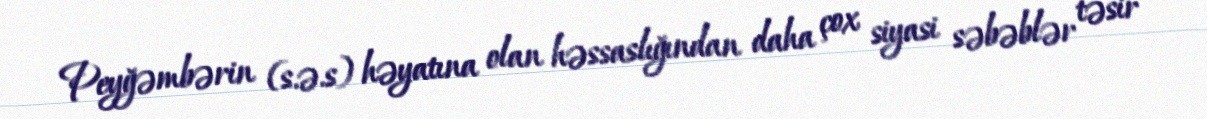
Peyğəmbərin (s.ə.s) həyatına olan həssaslığından daha çox siyasi səbəblər təsir